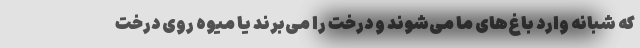
که شبانه وارد باغ‌های ما می‌شوند و درخت را می‌برند یا میوه روی درخت